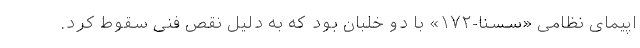
اپیمای نظامی «سسنا-۱۷۲» با دو خلبان بود که به دلیل نقص فنی سقوط کرد.